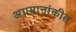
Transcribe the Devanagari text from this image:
अग्रमानांकीत